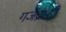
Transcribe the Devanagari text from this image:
गजेंद्राशी